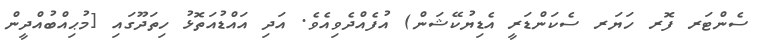
ސެންޓަރ ފޮރ ހަޔަރ ސެކަންޑަރީ އެޑިޔުކޭޝަން) އުފެއްދެވިއެވެ. އަދި އައްޑުއަތޮޅު ހިތަދޫގައި [މުޙިއްބުއްދީން